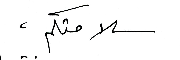
سلامتكم ،